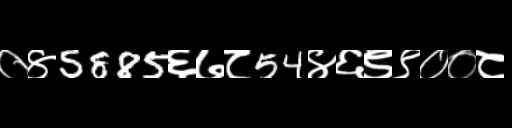
Text: ०४5885६७८54४६९९००८